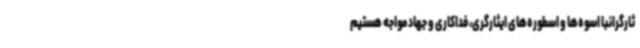
ثارگرانبا اسوه‌ها و اسطوره‌های ایثارگری، فداکاری و جهاد مواجه هستیم